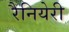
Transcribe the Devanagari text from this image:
रैनियेरी